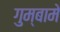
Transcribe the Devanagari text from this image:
गुम्बामे